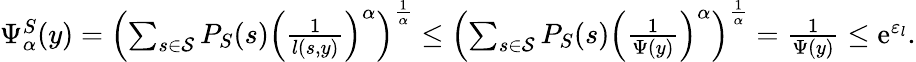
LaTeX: \begin{array}{r}{\Psi_{\alpha}^{S}(y)=\left(\sum_{s\in\mathcal{S}}P_{S}(s)\left(\frac{1}{l(s,y)}\right)^{\alpha}\right)^{\frac{1}{\alpha}}\leq\left(\sum_{s\in\mathcal{S}}P_{S}(s)\left(\frac{1}{\Psi(y)}\right)^{\alpha}\right)^{\frac{1}{\alpha}}=\frac{1}{\Psi(y)}\leq\mathrm{e}^{\varepsilon_{l}}.}\end{array}